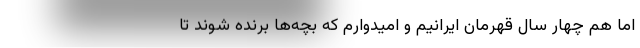
اما هم چهار سال قهرمان ایرانیم و امیدوارم که بچه‌ها برنده شوند تا